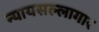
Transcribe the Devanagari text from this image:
न्यायसल्लागार